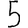
Digit: 5